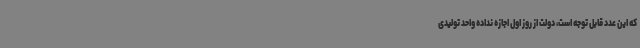
که این عدد قابل توجه است، دولت از روز اول اجازه نداده واحد تولیدی